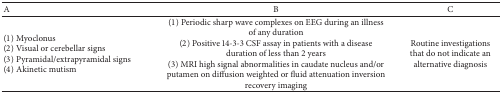
<table><thead><tr><td><b>A</b></td><td><b>B</b></td><td><b>C</b></td></tr></thead><tbody><tr><td>(1) Myoclonus(2) Visual or cerebellar signs(3) Pyramidal/extrapyramidal signs(4) Akinetic mutism</td><td>(1) Periodic sharp wave complexes on EEG during an illness of any duration(2) Positive 14-3-3 CSF assay in patients with a disease duration of less than 2 years(3) MRI high signal abnormalities in caudate nucleus and/or putamen on diffusion weighted or fluid attenuation inversion recovery imaging</td><td>Routine investigations that do not indicate an alternative diagnosis</td></tr></tbody></table>